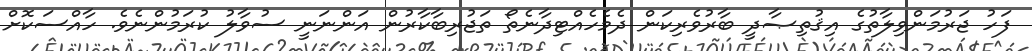
ފަހު ޖަރުމަންވިލާތުގެ އިޤުތިޞާދީ ބާރުވެރިކަން ދެމެހެއްޓިދާނެތޯ ތަޖުރިބާކާރުން އަންނަނީ ސުވާލު ކުރަމުންނެވެ. ހާއްސަކޮށް